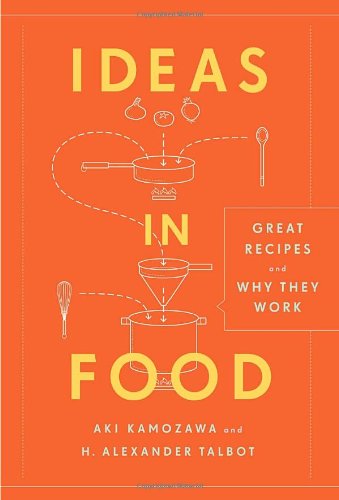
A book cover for Ideas in Food: Great Recipes and Why They Work; Aki Kamozawa; Cookbooks, Food & Wine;